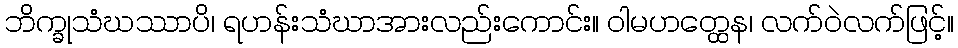
ဘိက္ခုသံဃဿာပိ၊ ရဟန်းသံဃာအားလည်းကောင်း။ ဝါမဟတ္ထေန၊ လက်ဝဲလက်ဖြင့်။